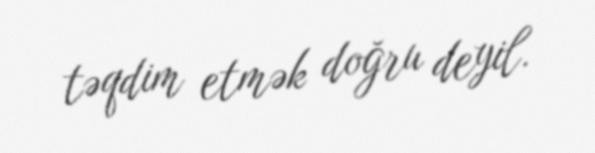
təqdim etmək doğru deyil.